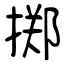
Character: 掷